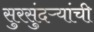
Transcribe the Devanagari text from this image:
सुरसुंदऱ्यांची